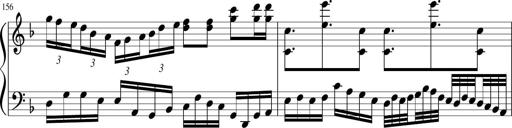
Title: Sonatina in F major
Composer: Ethan Ngo
Key: F major